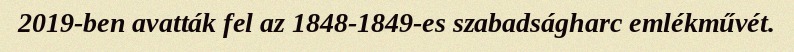
2019-ben avatták fel az 1848-1849-es szabadságharc emlékművét.